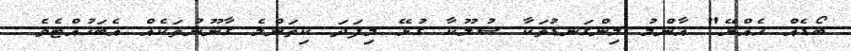
ބޯޑެއް ހެއްޔޭ" އާންމު މިންގަނޑުތަކާ ސުލޫކާ ގުޅޭ މިފަދަ ކިތަންމެ ގާނޫނުތަކެއް އެބަހުއްޓެވެ.